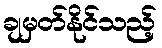
ချမှတ်နိုင်သည့်